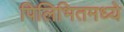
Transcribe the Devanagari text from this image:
पिलिभितमध्ये